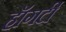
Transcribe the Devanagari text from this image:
हॉगर्टी